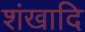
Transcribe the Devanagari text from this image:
शंखादि